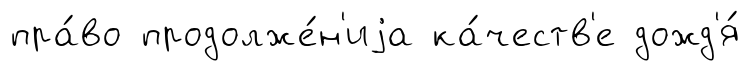
пра́во продолже́н'иjа ка́честв'е дожд'я́